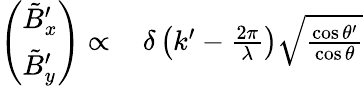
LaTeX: \begin{array}{rl}{\left(\begin{array}{l}{\tilde{B}_{x}^{\prime}}\\ {\tilde{B}_{y}^{\prime}}\end{array}\right)\propto\, }&{{}\delta\left(k^{\prime}-\frac{2\pi}{\lambda}\right)\sqrt{\frac{\cos\theta^{\prime}}{\cos\theta}}}\end{array}